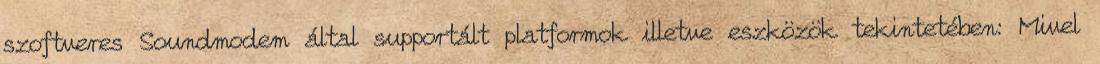
szoftveres Soundmodem által supportált platformok illetve eszközök tekintetében: Mivel